Medical and sanitary report on the native army of Bombay for the year
Year: 1877
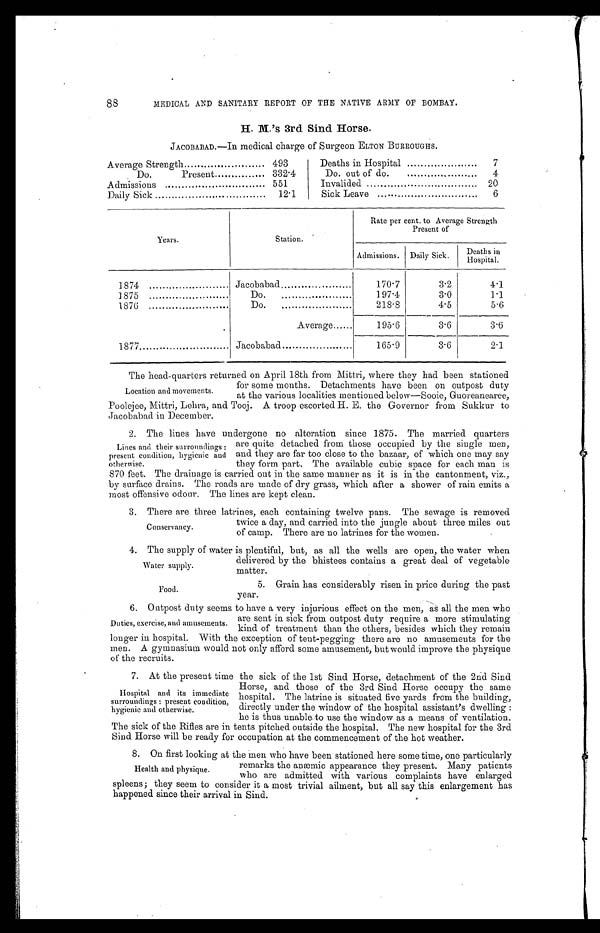
88
MEDICAL AND SANITARY REPORT OF THE NATIVE ARMY OF BOMBAY.
H. M.'s 3rd Sind Horse.
JACOBABAD.—In medical charge of Surgeon ELTON BURROUGHS.
Average Strength
493
Deaths in Hospital
7
Do.
Present
332.4
Do. out of do.
4
Admissions
551
Invalided
20
Daily Sick
12.1
Sick Leave
6
Years.
Station.
Rate per cent. to Average Strength
Present of
Admissions. Daily Sick.
Deaths in
Hospital.
1874
Jacobabad
170.7
3.2
4.1
1875
Do.
197.4
3.0
1.1
1876
Do.
218.8
4.5
5.6
Average......
195.6
3.6
3.6
1877
Jacobabad
165.9
3.6
2.1
Location and movements.
The head-quarters returned on April 18th from Mittri, where they had been stationed
for some months. Detachments have been on outpost duty
at the various localities mentioned below—Sooie, Guoreanearee,
Poolejee, Mittri, Lehra, and Tooj. A troop escorted H. E. the Governor from Sukkur to
Jacobabad in December.
Lines and their surroundings :
present condition, hygienic and
otherwise.
2. The lines have undergone no alteration since 1875. The married quarters
are quite detached from those occupied by the single men,
and they are far too close to the bazaar, of which one may say
they form part. The available cubic space for each man is
870 feet. The drainage is carried out in the same manner as it is in the cantonment, viz.,
by surface drains. The roads are made of dry grass, which after a shower of rain emits a
most offensive odour. The lines are kept clean.
Conservancy.
3 . T h e r e a r e t h r e e l a t r i n e s , e a c h c o n t a i n i n g t w e l v e p a n s . T h e s e w a g e i s r e m o v e d
twice a day, and carried into the jungle about three miles out
of camp. There are no latrines for the women.
Water supply.
4. The supply of water is plentiful, but, as all the wells are open, the water when
delivered by the bhistees contains a great deal of vegetable
matter.
Food.
5. Grain has considerably risen in price during the past
year.
Duties, exercise, and amusements.
6. Outpost duty seems to have a very injurious effect on the men, as all the men who
are sent in sick from outpost duty require a more stimulating
kind of treatment than the others, besides which they remain
longer in hospital. With the exception of tent-pegging there are no amusements for the
men. A gymnasium would not only afford some amusement, but would improve the physique
of the recruits.
Hospital and its immediate
surroundings : present condition,
hygienic and otherwise.
7. At the present time the sick of the 1st Sind Horse, detachment of the 2nd Sind
Horse, and those of the 3rd Sind Horse occupy the same
hospital. The latrine is situated five yards from the building,
directly under the window of the hospital assistant's dwelling :
he is thus unable to use the window as a means of ventilation.
The sick of the Rifles are in tents pitched outside the hospital. The new hospital for the 3rd
Sind Horse will be ready for occupation at the commencement of the hot weather.
Health and physique.
8. On first looking at the men who have been stationed here some time, one particularly
remarks the anæmic appearance they present. Many patients
who are admitted with various complaints have enlarged
spleens; they seem to consider it a most trivial ailment, but all say this enlargement has
happened since their arrival in Sind.